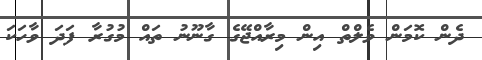
ދެން ކޮމަން ވެލްތް އިން މިރާއްޖޭގެ ގާނޫނު ތައް މުގުރާ ފަދަ ވާހަކަ